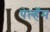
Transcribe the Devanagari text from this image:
पेल्हॅम